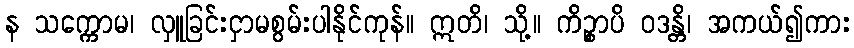
န သက္ကောမ၊ လှူခြင်းငှာမစွမ်းပါနိုင်ကုန်။ ဣတိ၊ သို့။ ကိဉ္စာပိ ဝဒန္တိ၊ အကယ်၍ကား